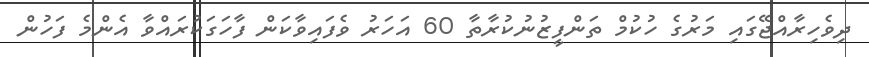
ދިވެހިރާއްޖޭގައި މަރުގެ ހުކުމް ތަންފީޒުނުކުރާތާ 60 އަހަރު ވެފައިވާކަން ފާހަގަކުރައްވާ އެންމެ ފަހުން